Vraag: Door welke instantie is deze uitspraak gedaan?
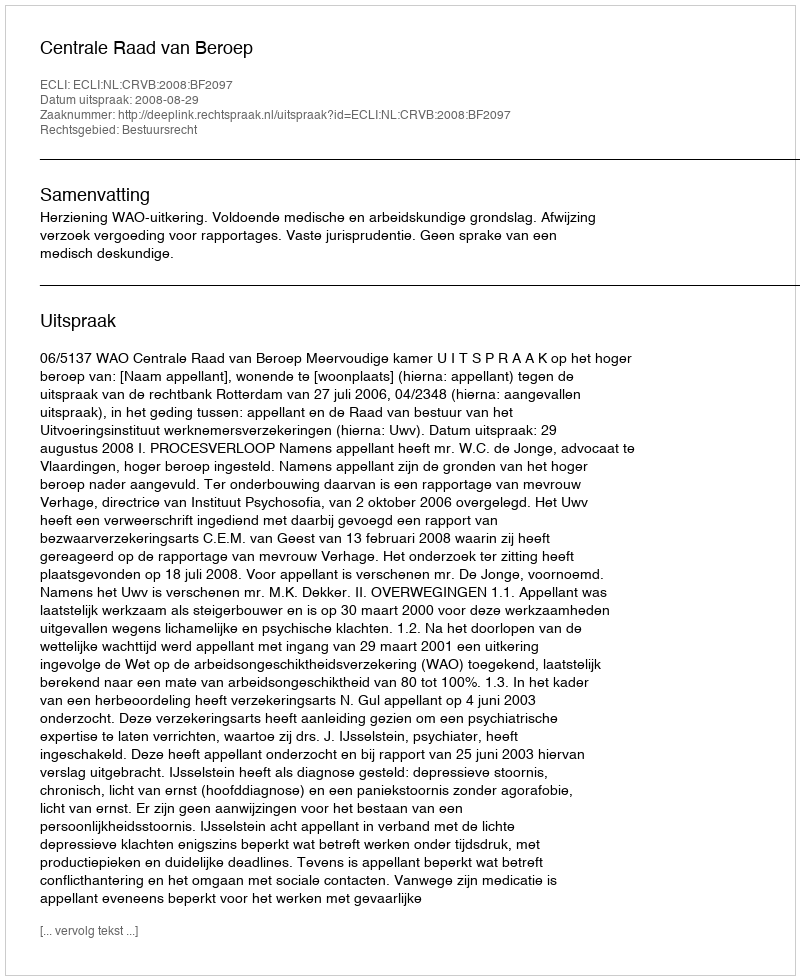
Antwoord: Centrale Raad van Beroep